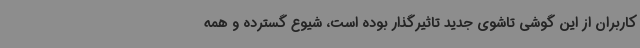
کاربران از این گوشی تاشوی جدید تاثیرگذار بوده است، شیوع گسترده و همه